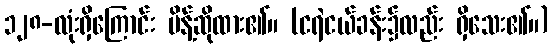
၁၂၈-လုံးရှိကြောင်း မိန့်ဆိုထား၏။ (ငရဲငယ်ခန်း၌လည်း ရှိသေး၏။)